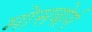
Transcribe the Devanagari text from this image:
मोसबोर्ग